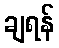
ချရန်